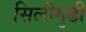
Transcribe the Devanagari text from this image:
सिलीगुढी